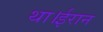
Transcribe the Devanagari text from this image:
था।ईरान